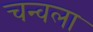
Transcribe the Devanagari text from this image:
चन्वला